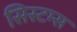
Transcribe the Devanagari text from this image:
सिस्‍टम्स